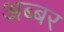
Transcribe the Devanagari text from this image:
अब्बर